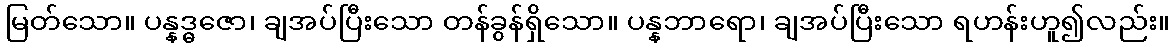
မြတ်သော။ ပန္နဒ္ဓဇော၊ ချအပ်ပြီးသော တန်ခွန်ရှိသော။ ပန္နဘာရော၊ ချအပ်ပြီးသော ရဟန်းဟူ၍လည်း။